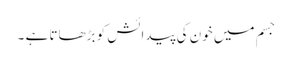
جسم میں خون کی پیدائش کو بڑھاتا ہے ۔